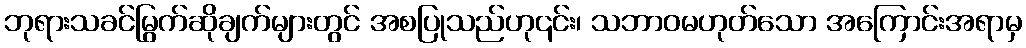
ဘုရားသခင်မြွက်ဆိုချက်များတွင် အစပြုသည်ဟု၎င်း၊ သဘာဝမဟုတ်သော အကြောင်းအရာမှ